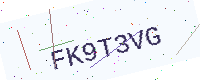
Text: FK9T3VG